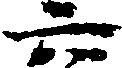
六